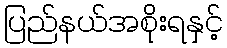
ပြည်နယ်အစိုးရနှင့်